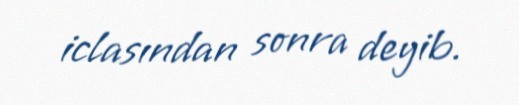
iclasından sonra deyib.